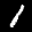
Label: 1